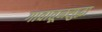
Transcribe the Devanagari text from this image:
गावातूनसुद्धा